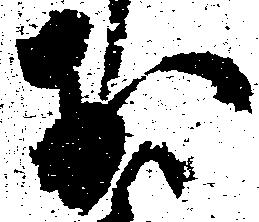
於